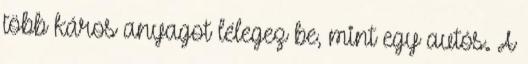
több káros anyagot lélegez be, mint egy autós. A